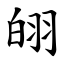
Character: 䎅